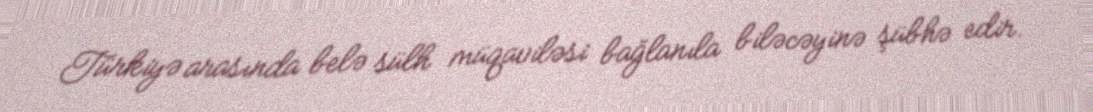
Türkiyə arasında belə sülh müqaviləsi bağlanıla biləcəyinə şübhə edir.